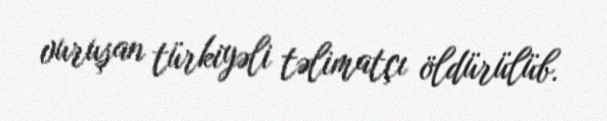
vuruşan türkiyəli təlimatçı öldürülüb.